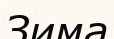
Зима